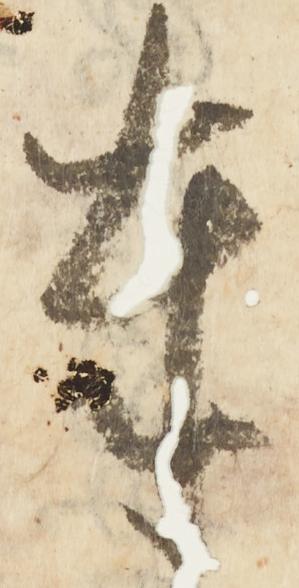
奉